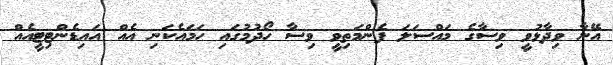
އޭނާ ވިދާޅުވީ ވިސާގެ މައްސަލަ ފެންމަތިވީ ވިސާ ހޯދުމުގައި ހަމައެކަނި އެއް އައިޑެންޓިޓީއެއް